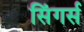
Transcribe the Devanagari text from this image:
सिंगर्स